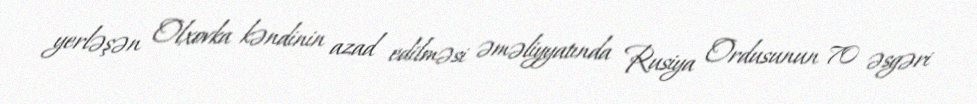
yerləşən Olxovka kəndinin azad edilməsi əməliyyatında Rusiya Ordusunun 70 əsgəri